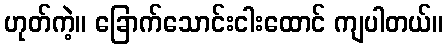
ဟုတ်ကဲ့။ ခြောက်သောင်းငါးထောင် ကျပါတယ်။